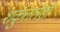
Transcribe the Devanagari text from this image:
शकुंतलेशी